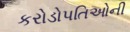
કરોડોપતિઓની